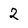
Character: 2